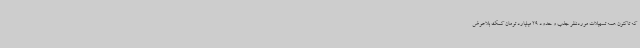
که تاکنون همه تسهیلات موردنظر جذب و حدود 29 میلیارد تومان کمک بلاعوض